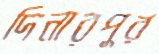
দিনারপুর